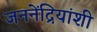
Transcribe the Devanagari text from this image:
जननेंद्रियांशी